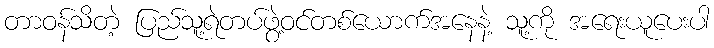
တာဝန်သိတဲ့ ပြည်သူ့ရဲတပ်ဖွဲ့ဝင်တစ်ယောက်အနေနဲ့ သူ့ကို အရေးယူပေးပါ